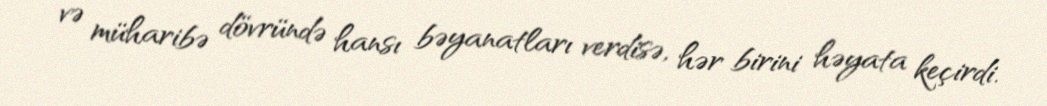
və müharibə dövründə hansı bəyanatları verdisə, hər birini həyata keçirdi.